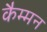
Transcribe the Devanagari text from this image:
कैम्मन